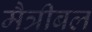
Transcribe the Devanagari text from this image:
मैत्रीबल